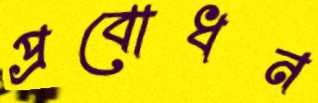
প্রবোধন